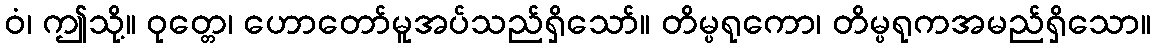
ဝံ၊ ဤသို့။ ဝုတ္တေ၊ ဟောတော်မူအပ်သည်ရှိသော်။ တိမ္ပရုကော၊ တိမ္ပရုကအမည်ရှိသော။